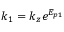
k _ { 1 } = k _ { z } e ^ { E _ { p 1 } }